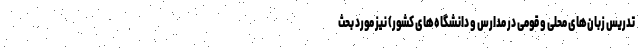
تدریس زبان‌های محلی و قومی در مدارس و دانشگاه‌های کشور) نیز مورد بحث